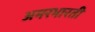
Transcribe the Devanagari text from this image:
अमरभारती